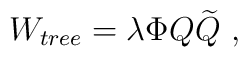
W_{tree}=\lambda \Phi Q{\widetilde Q}~,